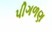
પીગળણ